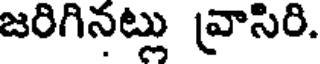
జరిగినట్లు వ్రాసిరి.